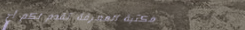
مكتبة المعرفة تقدم لكم أح